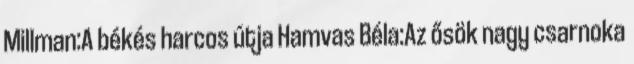
Millman:A békés harcos útja Hamvas Béla:Az ősök nagy csarnoka